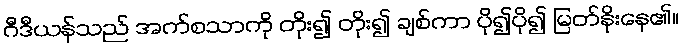
ဂီဒီယန်သည် အက်စသာကို တိုး၍ တိုး၍ ချစ်ကာ ပို၍ပို၍ မြတ်နိုးနေ၏။